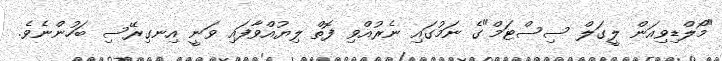
"މޯލްޑިވިއަން ލީގަލް ސިސްޓަމް"ގެ ނަމުގައި ނެރުއްވި ފޮތް ލިޔުއްވާފައި ވަނީ އިނގިރޭސި ބަހުންނެވެ.